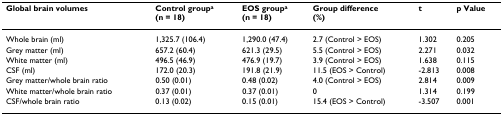
<table><thead><tr><td><b>Global brain volumes</b></td><td><b>Control group<sup>a</sup>(n = 18)</b></td><td><b>EOS group<sup>a</sup>(n = 18)</b></td><td><b>Group difference(%)</b></td><td><b>t</b></td><td><b>p Value</b></td></tr></thead><tbody><tr><td>Whole brain (ml)</td><td>1,325.7 (106.4)</td><td>1,290.0 (47.4)</td><td>2.7 (Control &gt; EOS)</td><td>1.302</td><td>0.205</td></tr><tr><td>Grey matter (ml)</td><td>657.2 (60.4)</td><td>621.3 (29.5)</td><td>5.5 (Control &gt; EOS)</td><td>2.271</td><td>0.032</td></tr><tr><td>White matter (ml)</td><td>496.5 (46.9)</td><td>476.9 (19.7)</td><td>3.9 (Control &gt; EOS)</td><td>1.638</td><td>0.115</td></tr><tr><td>CSF (ml)</td><td>172.0 (20.3)</td><td>191.8 (21.9)</td><td>11.5 (EOS &gt; Control)</td><td>-2.813</td><td>0.008</td></tr><tr><td>Grey matter/whole brain ratio</td><td>0.50 (0.01)</td><td>0.48 (0.02)</td><td>4.0 (Control &gt; EOS)</td><td>2.814</td><td>0.009</td></tr><tr><td>White matter/whole brain ratio</td><td>0.37 (0.01)</td><td>0.37 (0.01)</td><td>0</td><td>1.314</td><td>0.199</td></tr><tr><td>CSF/whole brain ratio</td><td>0.13 (0.02)</td><td>0.15 (0.01)</td><td>15.4 (EOS &gt; Control)</td><td>-3.507</td><td>0.001</td></tr></tbody></table>